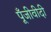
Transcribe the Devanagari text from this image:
पूँजीवीदी